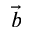
\vec { b }